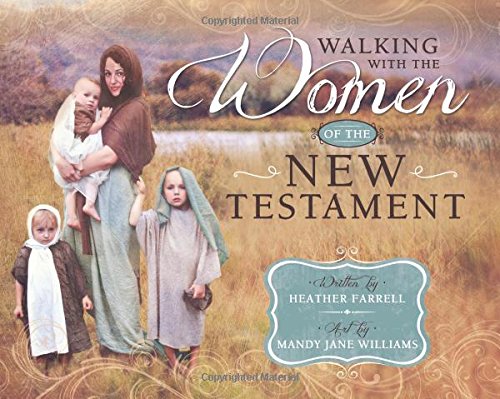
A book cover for Walking With the Women of the New Testament; Heather Farrell; Christian Books & Bibles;